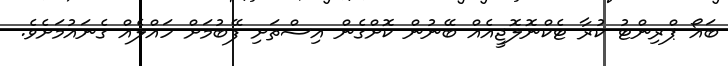
ބައޯ ޕްރިންޓު ކުރާ ޓެކްނޮލޮޖީއެއް ބޭނުން ކޮށްގެން އިސްތަށި ފޭބުމަށް ހައްލެއް ގެނައުމަށެވެ.